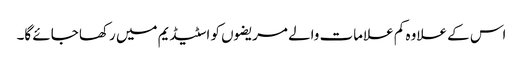
اس کے علاوہ کم علامات والے مریضوں کو اسٹیڈیم میں رکھا جائے گا۔